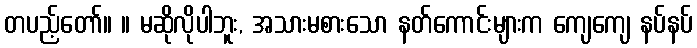
တပည့်တော်။ ။ မဆိုလိုပါဘူး, အသားမစားသော နတ်ကောင်းများက ကျေကျေ နပ်နပ်